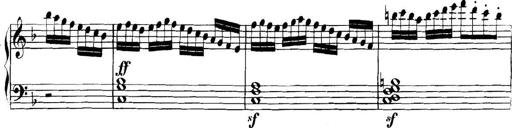
Title: Collected Piano Sonatas
Composer: Muzio Clementi